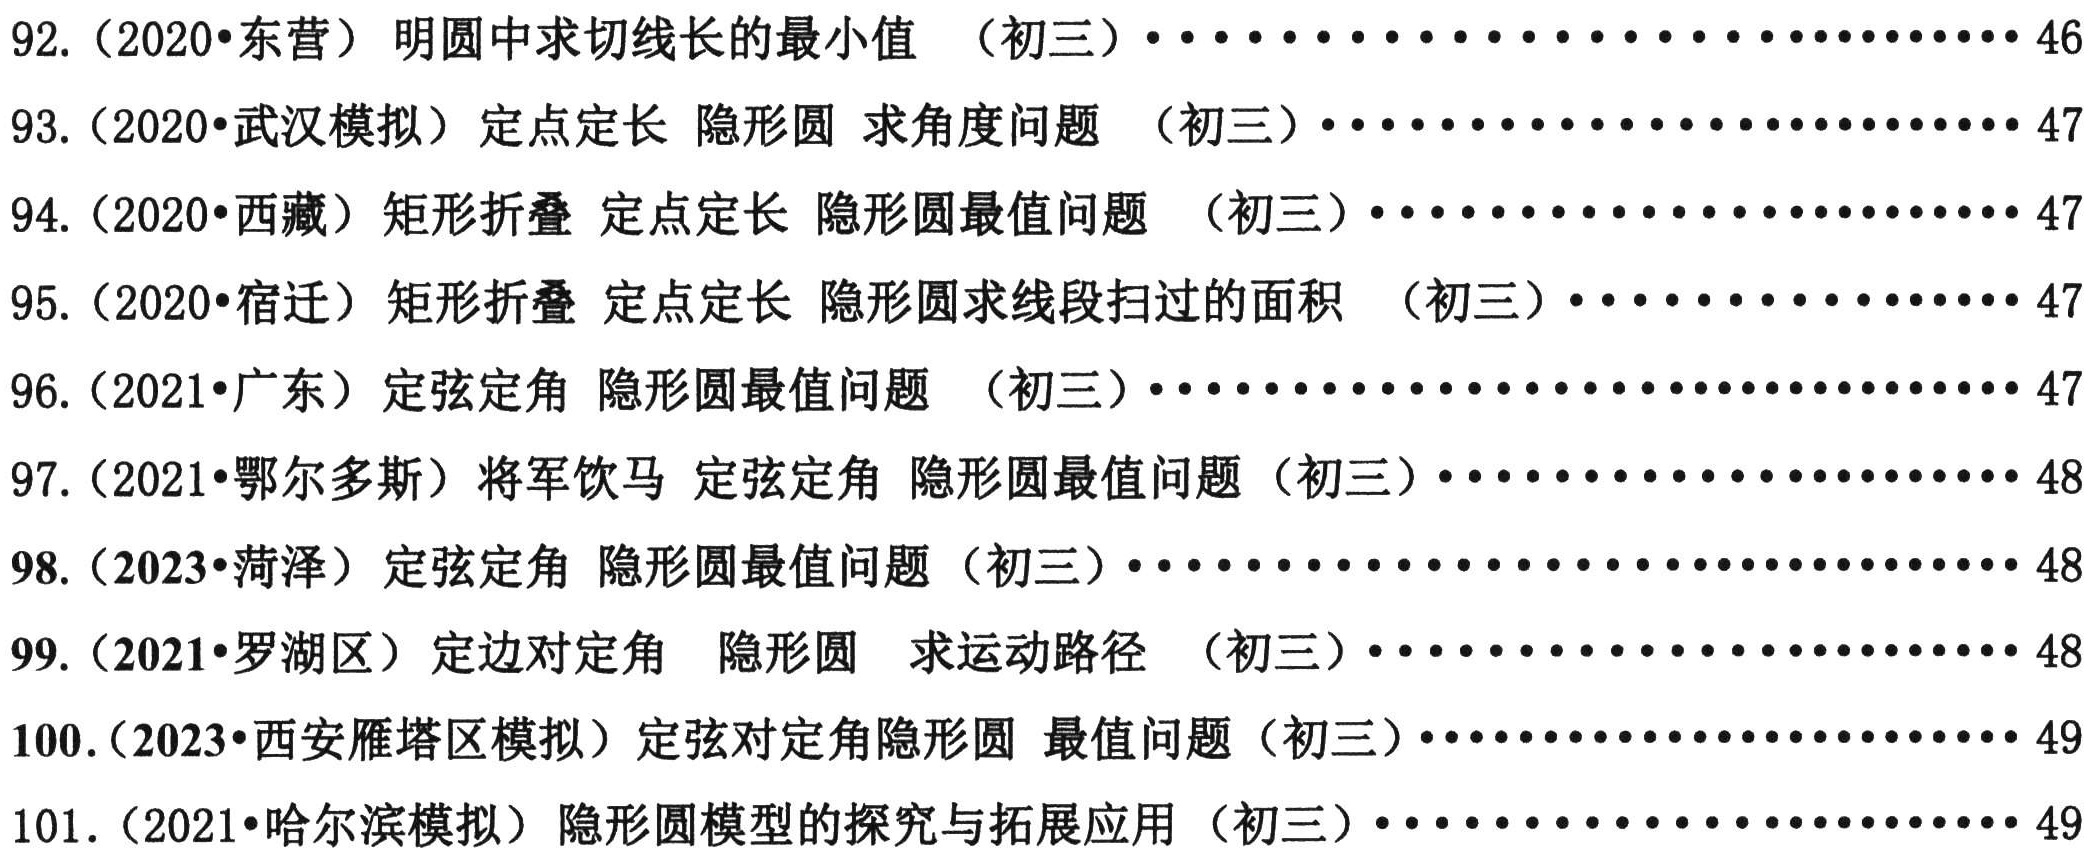
92. (2020•东营) 明圆中求切线长的最小值 （初三）................................46
93. (2020•武汉模拟) 定点定长 隐形圆 求角度问题 （初三）..............................47
94. (2020•西藏) 矩形折叠 定点定长 隐形圆最值问题 （初三）..............................47
95. (2020•宿迁) 矩形折叠 定点定长 隐形圆求线段扫过的面积 （初三）.........................47
96. (2021•广东) 定弦定角 隐形圆最值问题 （初三）................................47
97. (2021•鄂尔多斯) 将军饮马 定弦定角 隐形圆最值问题（初三）.............................48
98. (2023•菏泽) 定弦定角 隐形圆最值问题 （初三）................................48
99. (2021•罗湖区) 定边对定角 隐形圆 求运动路径 （初三）..............................48
100. (2023•西安雁塔区模拟) 定弦对定角隐形圆 最值问题（初三）.............................49
101. (2021•哈尔滨模拟) 隐形圆模型的探究与拓展应用 （初三）..............................49